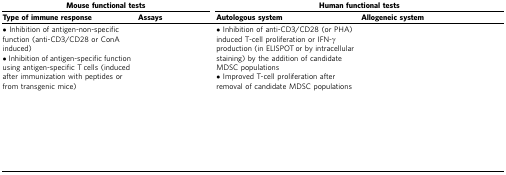
<table><thead><tr><td colspan="2"><b>Mouse functional tests</b></td><td colspan="2"><b>Human functional tests</b></td></tr><tr><td><b>Type of immune response</b></td><td><b>Assays</b></td><td><b>Autologous system</b></td><td><b>Allogeneic system</b></td></tr></thead><tbody><tr><td>· Inhibition of antigen-non-specific function (anti-CD3/CD28 or ConA induced)· Inhibition of antigen-specific function using antigen-specific T cells (induced after immunization with peptides or from transgenic mice)</td><td>[EMPTY_CELL]</td><td>· Inhibition of anti-CD3/CD28 (or PHA) induced T-cell proliferation or IFN-γ production (in ELISPOT or by intracellular staining) by the addition of candidate MDSC populations· Improved T-cell proliferation after removal of candidate MDSC populations</td><td>[EMPTY_CELL]</td></tr></tbody></table>